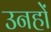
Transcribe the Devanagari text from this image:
उनहों